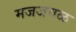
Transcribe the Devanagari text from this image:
मजजवळ